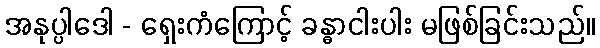
အနုပ္ပါဒေါ - ရှေးကံကြောင့် ခန္ဓာငါးပါး မဖြစ်ခြင်းသည်။